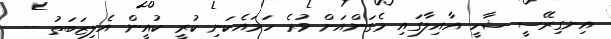
އިނގިރޭސީ ޝާހީ އާއިލާގައި މެގަންއަށް ވުރެ ހަމައެކަނި ކުރީ ކުއީން އެލިޒަބަތު --